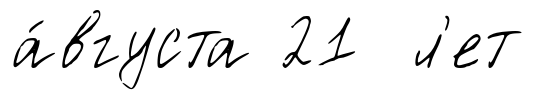
а́вгуста 21 л'ет